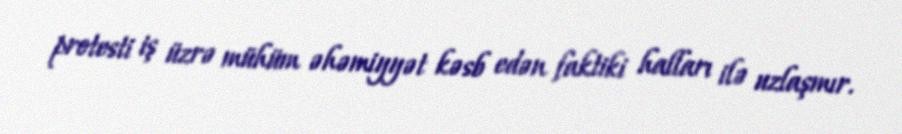
protesti iş üzrə mühüm əhəmiyyət kəsb edən faktiki halları ilə uzlaşmır.